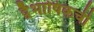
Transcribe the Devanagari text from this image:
द्वैभाषिकची